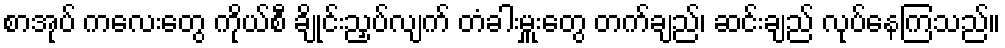
စာအုပ် ကလေးတွေ ကိုယ်စီ ချိုင်းညှပ်လျက် တံခါးမှူးတွေ တက်ချည်၊ ဆင်းချည် လုပ်နေကြသည်။